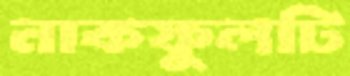
নাকফুলটি